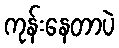
ကုန်းနေတာပဲ